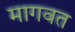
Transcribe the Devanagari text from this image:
मागवत